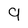
Character: 9